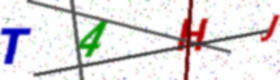
Text: T4HJ